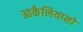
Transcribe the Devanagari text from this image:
आर्केलियानो